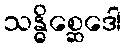
သန္ဓိစ္ဆေဒေါ